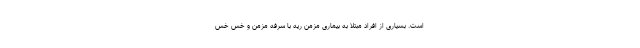
است. بسیاری از افراد مبتلا به بیماری مزمن ریه با سرفه مزمن و خس خس